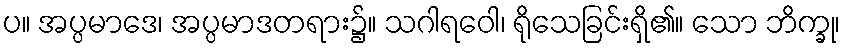
ပ။ အပ္ပမာဒေ၊ အပ္ပမာဒတရား၌။ သဂါရဝေါ၊ ရိုသေခြင်းရှိ၏။ သော ဘိက္ခု၊